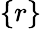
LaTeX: \{ r\}